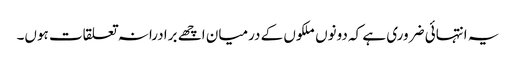
یہ انتہائی ضروری ہے کہ دونوں ملکوں کے درمیان اچھے برادرانہ تعلقات ہوں۔